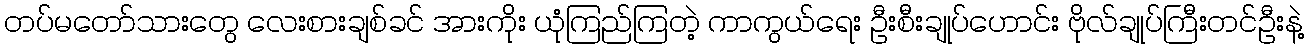
တပ်မတော်သားတွေ လေးစားချစ်ခင် အားကိုး ယုံကြည်ကြတဲ့ ကာကွယ်ရေး ဦးစီးချုပ်ဟောင်း ဗိုလ်ချုပ်ကြီးတင်ဦးနဲ့